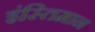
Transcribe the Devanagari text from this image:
इंस्तिमान